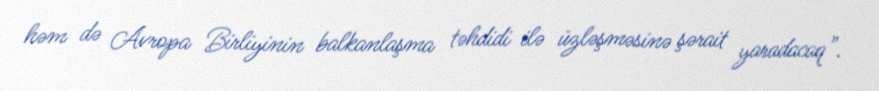
həm də Avropa Birliyinin balkanlaşma təhdidi ilə üzləşməsinə şərait yaradacaq”.